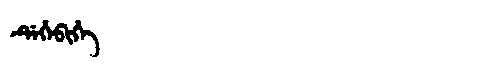
Manchu: ᡩᡝᡥᡝᠪᡳᡥᡝ
Romanization: DEHEBIHE